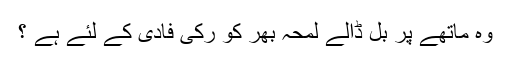
وہ ماتھے پر بل ڈالے لمحہ بھر کو رکی فادی کے لئے ہے ؟